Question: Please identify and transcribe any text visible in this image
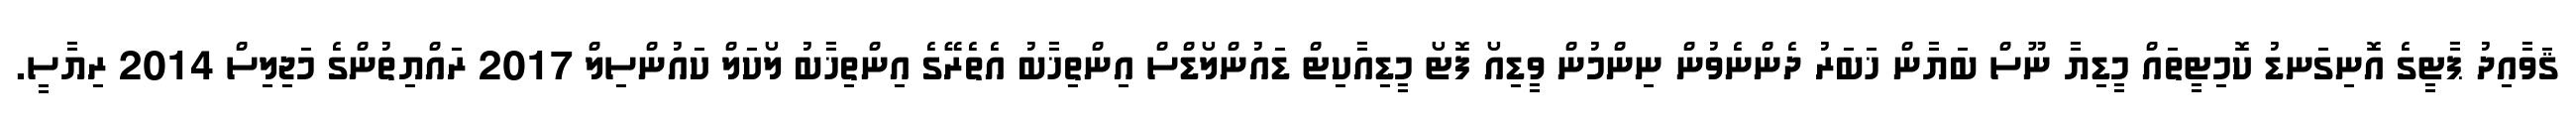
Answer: ޤަވާއިދު ޕާޓީގެ އޮނިގަނޑު ކޮމިޓީތައް މީޑިޔާ ނޫސް ބަޔާން ޚަބަރު ދެންނެވުން ނިންމުން ވީޑިއޯ ފޮޓޯ މީޑިއާކިޓް ޑައުންލޯޑްސް އިންތިޚާބު އެތެރޭގެ އިންތިޚާބު ލޯކަލް ކައުންސިލް 2017 ރައްޔިތުންގެ މަޖިލިސް 2014 ރިޔާސީ.